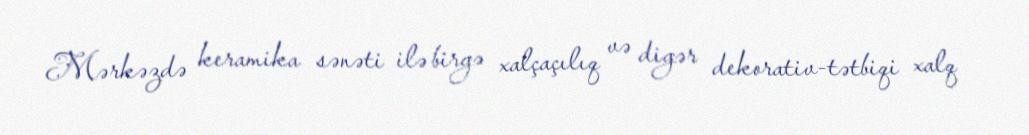
Mərkəzdə keramika sənəti ilə birgə xalçaçılıq və digər dekorativ-tətbiqi xalq